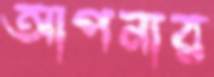
আপনার